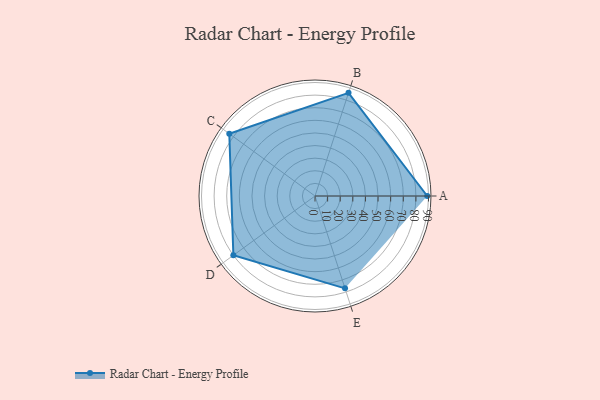
{"axis": {"x": "Skill", "y": "Score"}, "legend": ["Profile"], "data": [{"x": "A", "y": 89.0, "type": "Profile"}, {"x": "B", "y": 86.0, "type": "Profile"}, {"x": "C", "y": 84.0, "type": "Profile"}, {"x": "D", "y": 80.0, "type": "Profile"}, {"x": "E", "y": 77.0, "type": "Profile"}]}